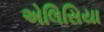
એલિસિયા